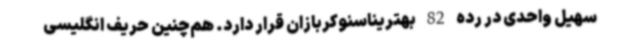
سهیل واحدی در رده 82 بهتریناسنوکربازان قرار دارد. هم‌چنین حریف انگلیسی